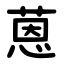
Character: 蒽